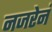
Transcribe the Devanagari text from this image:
नजरेनं